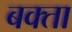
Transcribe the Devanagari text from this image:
बक्‍ता